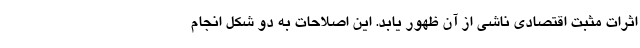
اثرات مثبت اقتصادی ناشی از آن ظهور یابد. این اصلاحات به دو شکل انجام